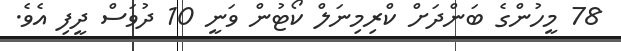
78 މީހުންގެ ބަންދަށް ކްރިމިނަލް ކޯޓުން ވަނީ 10 ދުވަސް ދީފި އެވެ.